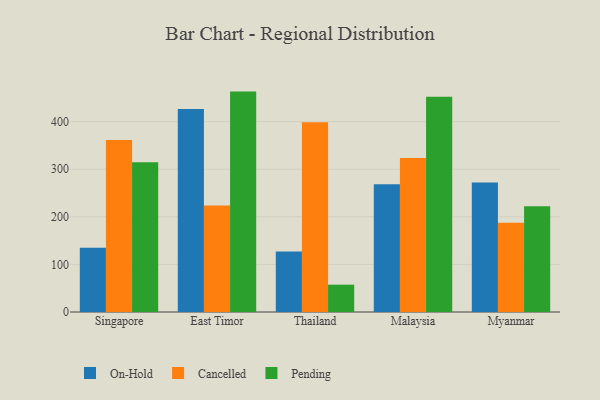
{"axis": {"x": "Country", "y": "Backlog"}, "legend": ["Cancelled", "On-Hold", "Pending"], "data": [{"x": "Singapore", "y": 135.2, "type": "On-Hold"}, {"x": "Singapore", "y": 361.3, "type": "Cancelled"}, {"x": "Singapore", "y": 314.8, "type": "Pending"}, {"x": "East Timor", "y": 426.5, "type": "On-Hold"}, {"x": "East Timor", "y": 223.7, "type": "Cancelled"}, {"x": "East Timor", "y": 463.1, "type": "Pending"}, {"x": "Thailand", "y": 127.1, "type": "On-Hold"}, {"x": "Thailand", "y": 398.5, "type": "Cancelled"}, {"x": "Thailand", "y": 57.4, "type": "Pending"}, {"x": "Malaysia", "y": 268.4, "type": "On-Hold"}, {"x": "Malaysia", "y": 323.7, "type": "Cancelled"}, {"x": "Malaysia", "y": 452.3, "type": "Pending"}, {"x": "Myanmar", "y": 272.0, "type": "On-Hold"}, {"x": "Myanmar", "y": 187.4, "type": "Cancelled"}, {"x": "Myanmar", "y": 222.3, "type": "Pending"}]}